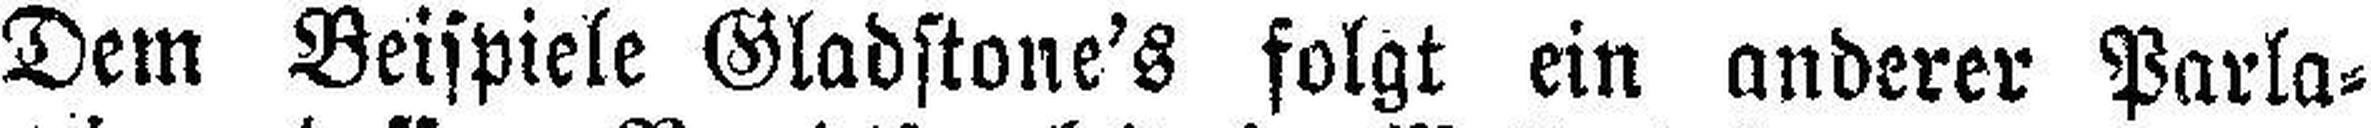
Dem Beispiele Gladstone's folgt ein anderer Parla¬